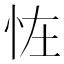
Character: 𢘪